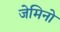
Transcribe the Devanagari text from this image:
जेमिनो